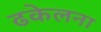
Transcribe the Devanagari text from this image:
ढकेलना